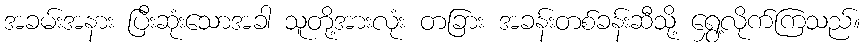
အခမ်းအနား ပြီးဆုံးသောအခါ သူတို့အားလုံး တခြား အခန်းတစ်ခန်းဆီသို့ ရွှေ့လိုက်ကြသည်။